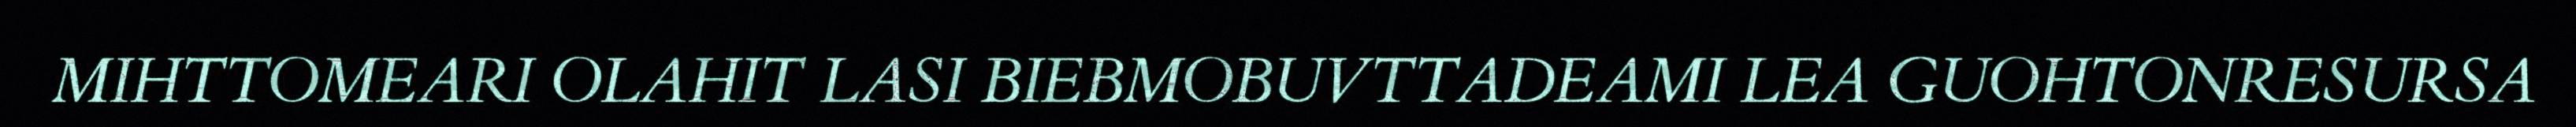
MIHTTOMEARI OLAHIT LASI BIEBMOBUVTTADEAMI LEA GUOHTONRESURSA